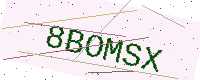
Text: 8BOMSX